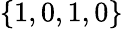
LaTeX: \{ 1,0,1,0\}